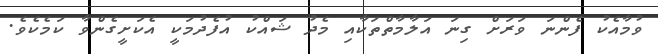
ވުމާއެކު ފެންނަ ވަރަށް ގިނަ އަލާމާތްތަކާއި މެދު ޝައްކު އުފެދުމަކީ އެކަށީގެންވާ ކަމެކެވެ.